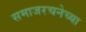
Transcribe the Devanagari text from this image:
समाजरचनेच्या